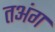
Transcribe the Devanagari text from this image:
तअंग